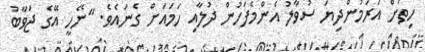
ހިތަށް އަރަމުންދިޔަ ސުވާލު އެންމެފަހުން ދުލާއި ހަމައަށް ގެނައެވެ. "ނޭހީ އޭގެ ޖަވާބު